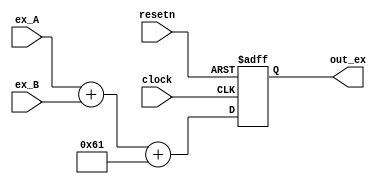

module ex_adder(clock, resetn, ex_A, ex_B, out_ex);
	input clock, resetn;
	
	input [4:0] ex_A, ex_B;
	
	output reg [7:0] out_ex;
	
	always@(posedge clock, negedge resetn) begin
		if(!resetn) begin
			out_ex <= 0;
		end
		else begin
			out_ex <= ex_A + ex_B + 97;
			//@-127 = (ex_A - 15) + (ex_B - 15)
		end
	end
endmodule